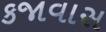
કજાવાસ